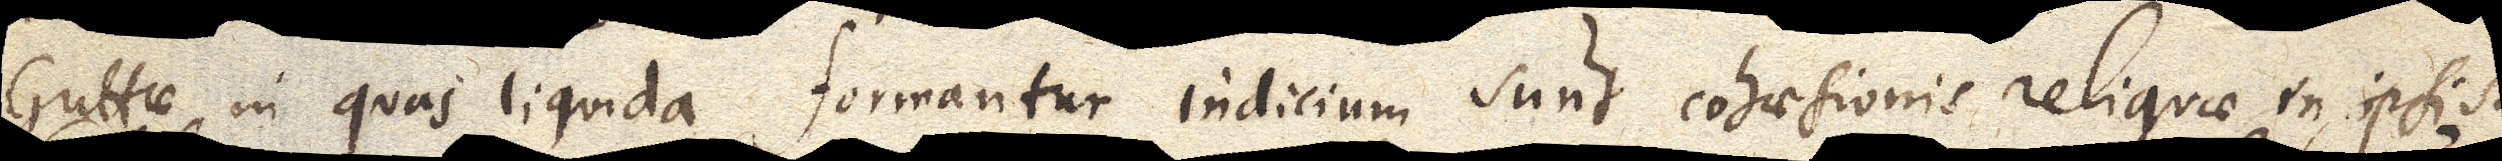
Guttae in quas liquida formantur indicium sunt cohaesionis reliquae in ipsis.